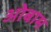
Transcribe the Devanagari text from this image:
ओबाम